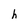
Character: h